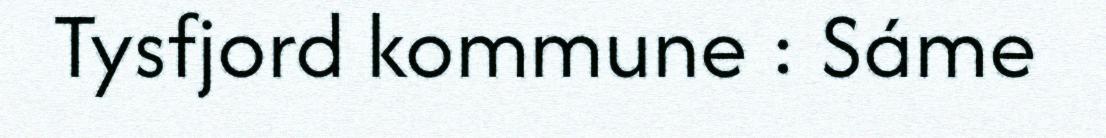
Tysfjord kommune : Sáme